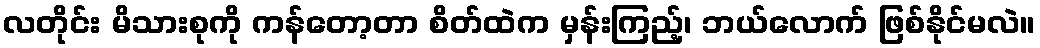
လတိုင်း မိသားစုကို ကန်တော့တာ စိတ်ထဲက မှန်းကြည့်၊ ဘယ်လောက် ဖြစ်နိုင်မလဲ။